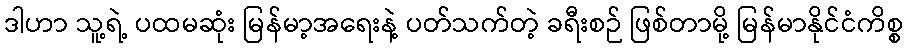
ဒါဟာ သူ့ရဲ့ ပထမဆုံး မြန်မာ့အရေးနဲ့ ပတ်သက်တဲ့ ခရီးစဉ် ဖြစ်တာမို့ မြန်မာနိုင်ငံကိစ္စ